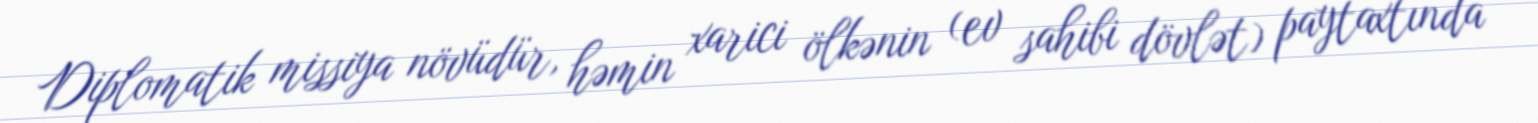
Diplomatik missiya növüdür, həmin xarici ölkənin (ev sahibi dövlət) paytaxtında